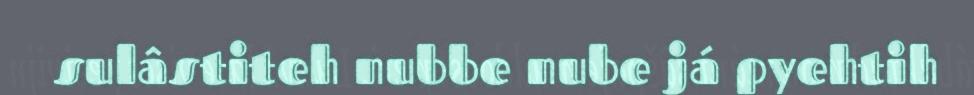
sulâstiteh nubbe nube já pyehtih